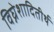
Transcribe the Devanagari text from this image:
विघ्नेशादितीर्थ